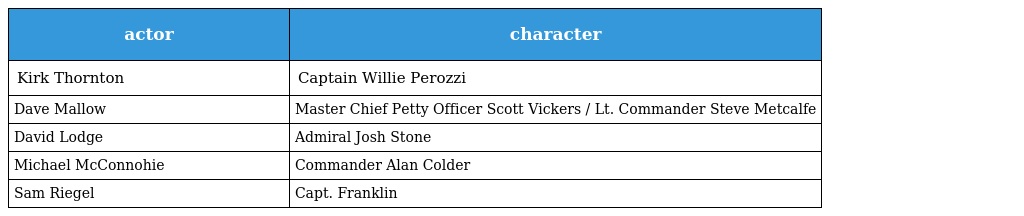
| actor | character |
 | --- | --- |
 | Kirk Thornton | Captain Willie Perozzi |
 | Dave Mallow | Master Chief Petty Officer Scott Vickers / Lt. Commander Steve Metcalfe |
 | David Lodge | Admiral Josh Stone |
 | Michael McConnohie | Commander Alan Colder |
 | Sam Riegel | Capt. Franklin |